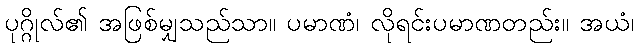
ပုဂ္ဂိုလ်၏ အဖြစ်မျှသည်သာ။ ပမာဏံ၊ လိုရင်းပမာဏတည်း။ အယံ၊